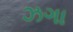
ઝગા